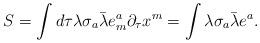
LaTeX: \begin{align*}S=\int d\tau \lambda\sigma_a\bar\lambda e^a_m\partial_\tau x^m=\int\lambda\sigma_a\bar\lambda e^a.\end{align*}